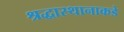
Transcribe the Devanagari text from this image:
श्रद्धास्थानाकडे